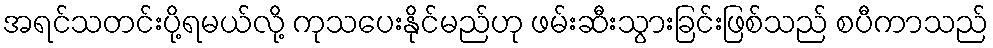
အရင်သတင်းပို့ရမယ်လို့ ကုသပေးနိုင်မည်ဟု ဖမ်းဆီးသွားခြင်းဖြစ်သည် စပီကာသည်